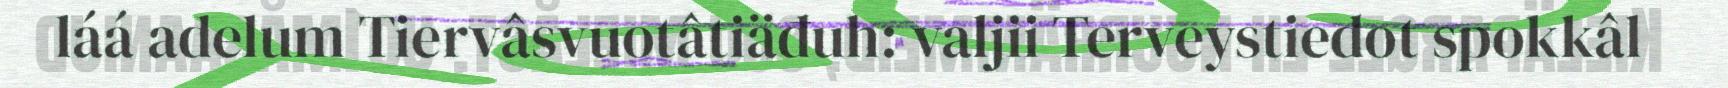
láá adelum Tiervâsvuotâtiäđuh: valjii Terveystiedot spokkâl